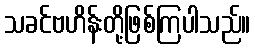
သခင်ဗဟိန်းတို့ဖြစ်ကြပါသည်။